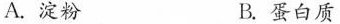
A.淀粉 B.蛋白质